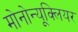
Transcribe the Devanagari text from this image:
मोनोन्यूक्लियर